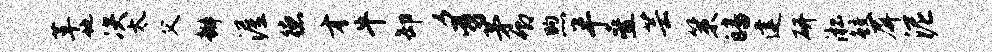
革地决太父瓣渥德才牛卸豸茅卿煦半叠芸策皤建研淞鲛屏泥